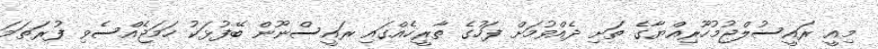
މިއީ ރައީސުލްޖުމުހޫރިއްޔާގެ ތަށި ދެއްވުމަށް ފަހުގެ ތާރީހެއްގައި ރައީސްނޫން ބޭފުޅަކު ހަމަޖެއްސެވި ފުރަތަމަ